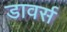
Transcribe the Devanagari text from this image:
डावर्स